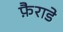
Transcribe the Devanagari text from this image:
फ़ैराडे